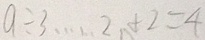
a \div 3 \cdots 2 + 2 = 4